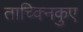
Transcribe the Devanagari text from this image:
ताच्क्निकुए